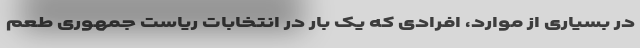
در بسیاری از موارد، افرادی که یک بار در انتخابات ریاست جمهوری طعم